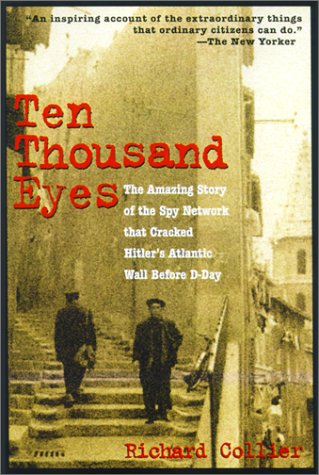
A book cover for Ten Thousand Eyes: The Amazing Story of the Spy Network That Cracked Hitler's Atlantic Wall Before D-Day; Richard Collier; History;